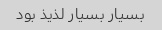
بسیار بسیار لذیذ بود